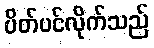
ပိတ်ပင်လိုက်သည်